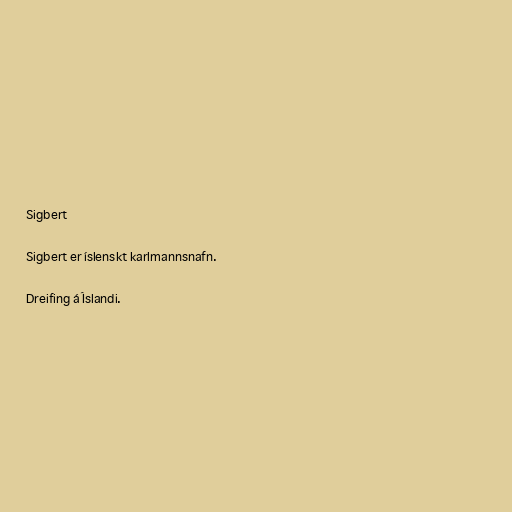
Sigbert

Sigbert er íslenskt karlmannsnafn.

Dreifing á Íslandi.